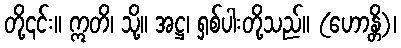
တို့၎င်း။ ဣတိ၊ သို့။ အဋ္ဌ၊ ရှစ်ပါးတို့သည်။ (ဟောန္တိ)၊